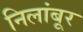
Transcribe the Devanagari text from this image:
निलांबूर